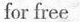
for free